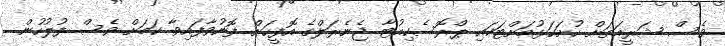
ވެސް ޝަރީއަތަށް ހުށަހަޅުމަށްޓަކައި ޕްރޮސެކިއުޓާ ޖެނެރަލްގެ އޮފީހަށް ފޮނުވާފައިވާ ކަމަށް ވެސް ފުލުހުން